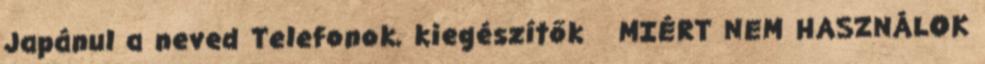
Japánul a neved Telefonok, kiegészítők MIÉRT NEM HASZNÁLOK